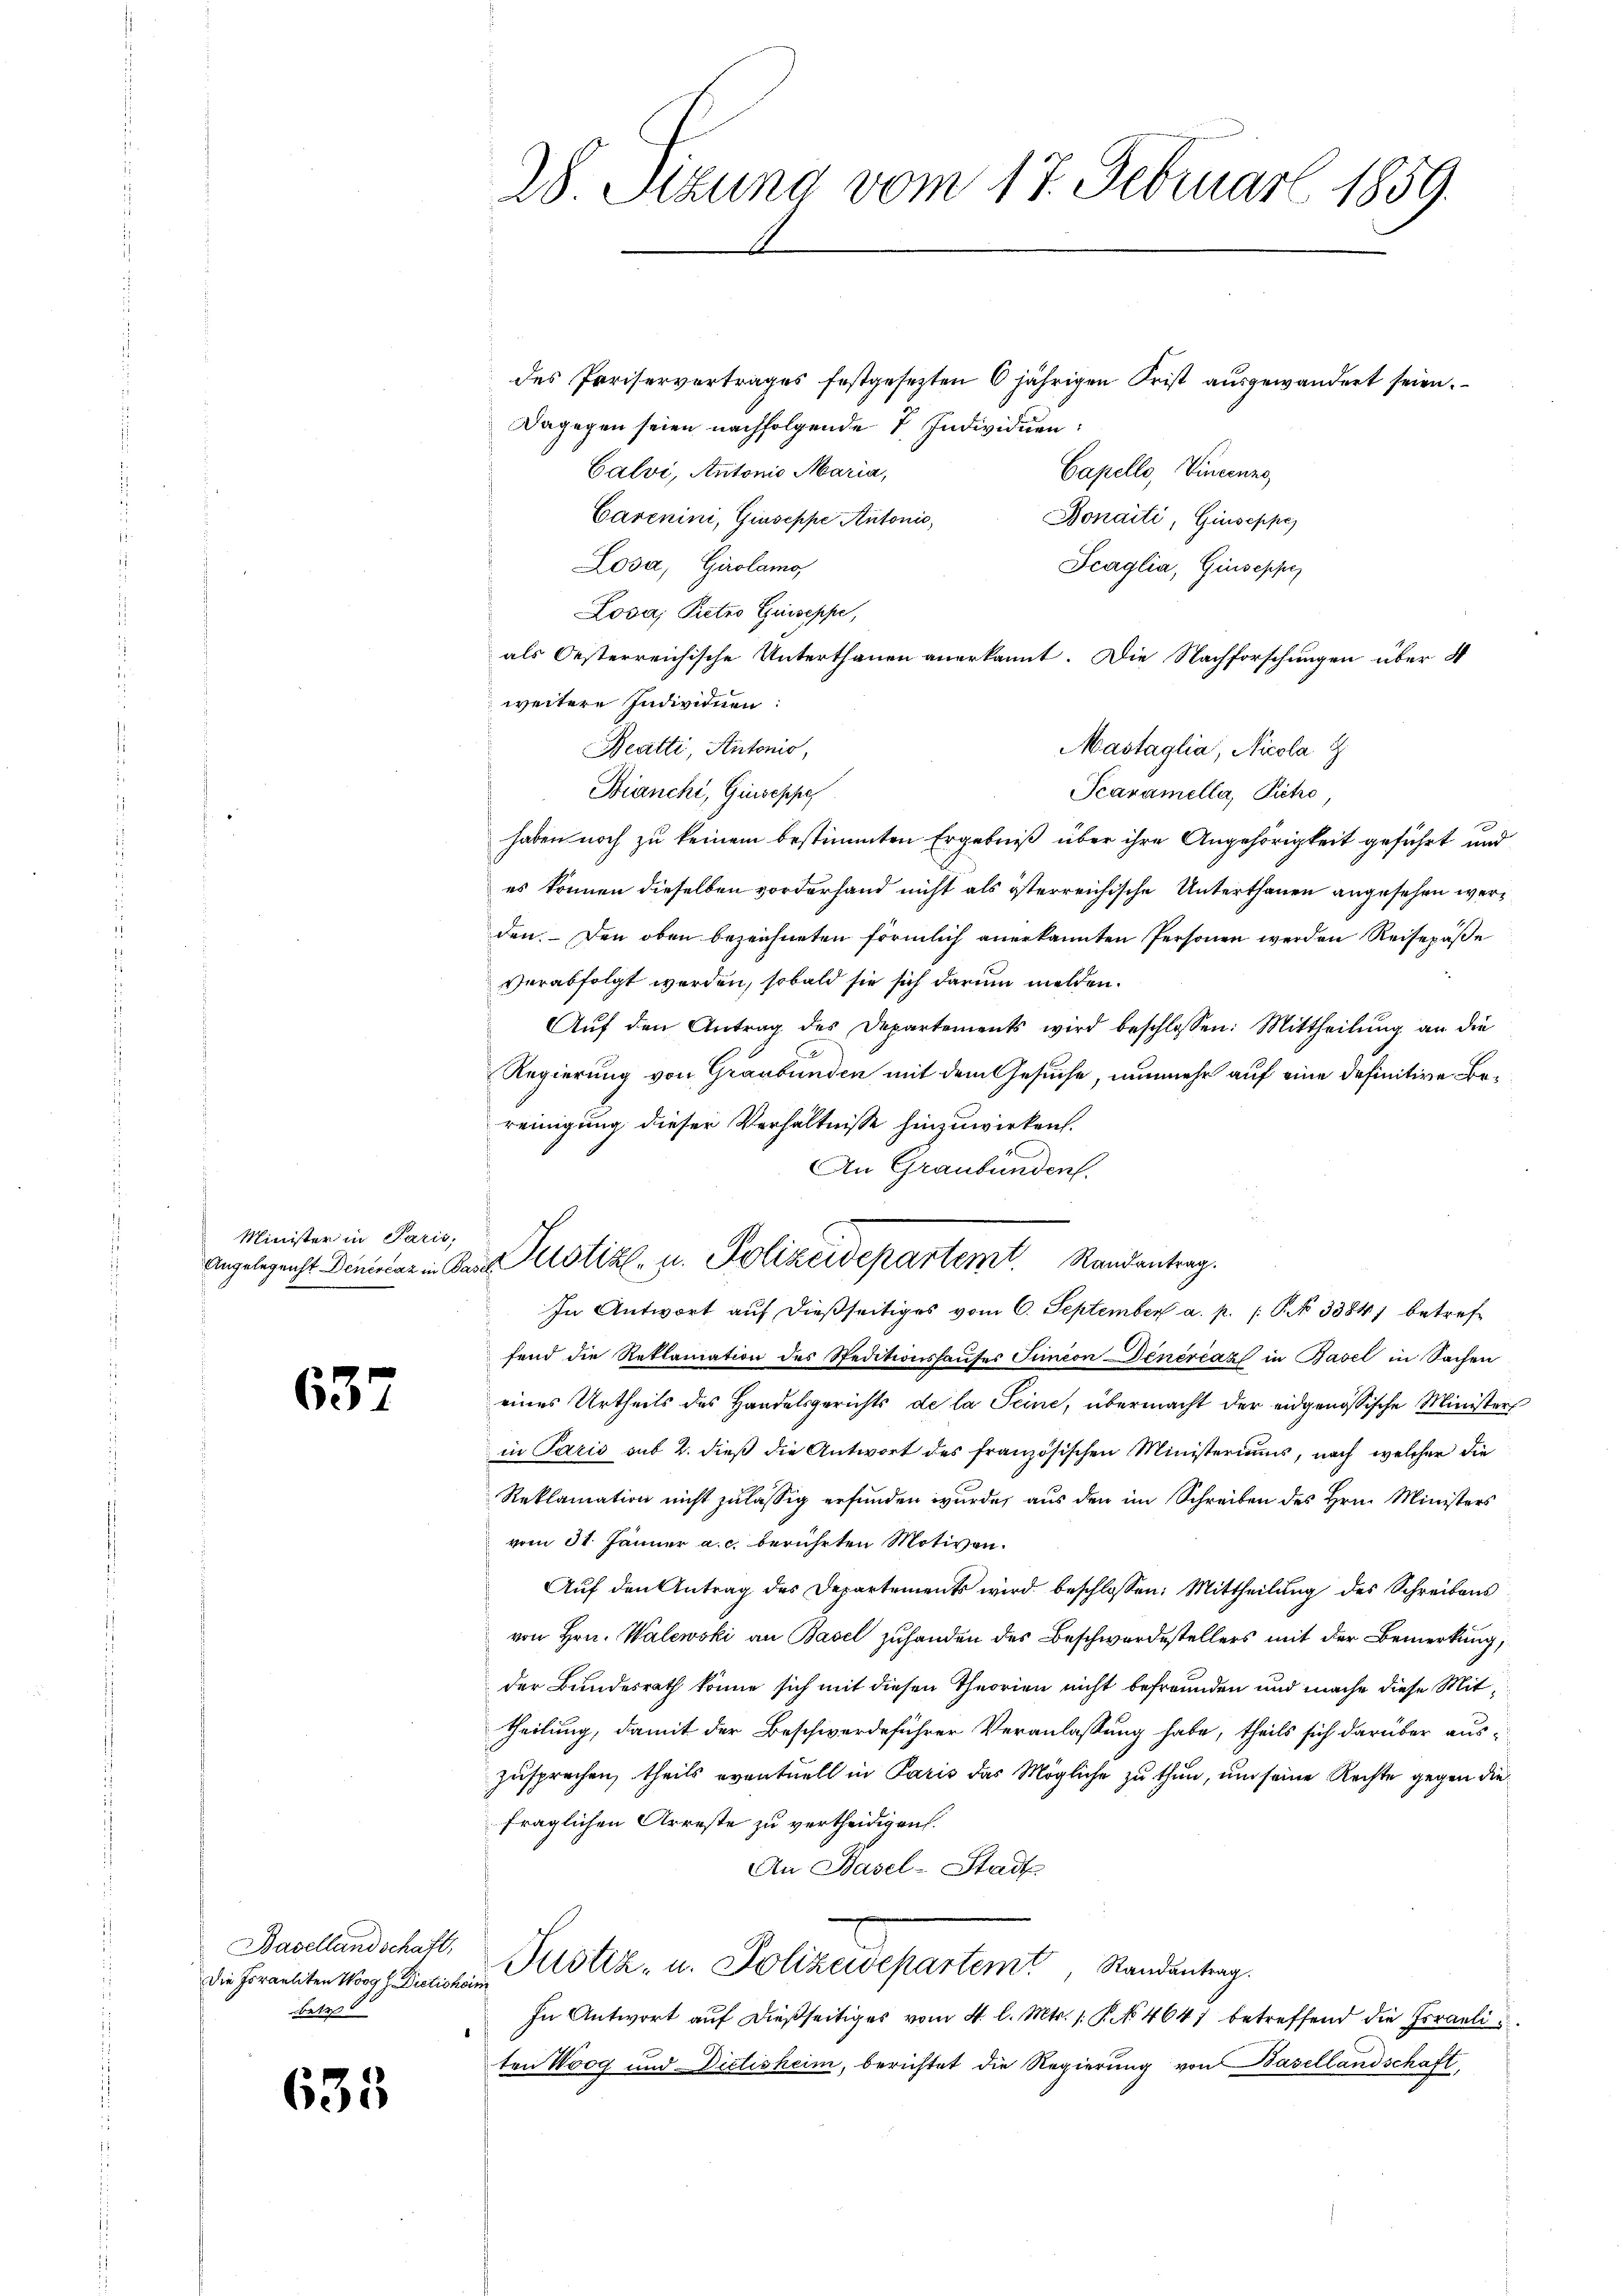
Minister in Paris,

637

Basellandschaft,
Die Joraeliten Worg. Dietisheimi
betr

635

28. Stzung vom 17. Februar 1859.

des Pariservertrages festgesezten 6 jährigen Frist ausgewandert seien.
Dagegen seien nachfolgende 7 Individuen:
Calvi, Antonio Maria,
Capello, Vierung
Carenini, Giuseppe Autonio,
Bonaiti, Giuseppe
Losa, Girolamo
Scaglia, Giuseppe
Lova, Pietro Guseppe,
als Oesterreichische Unterthanen anerkannt. Die Nachforschungen über 4
weitere Individuen:
Mastaglia, Nicola g
Reatti, Antonio,
Bianchi, Giuseppe
Scaramella, Pietro
haben noch zu keinem bestimmten Ergebniß über ihre Angehörigkeit geführt und
es können dieselben vorderhand nicht als österreichische Unterthanen angesehen werden. Den oben bezeichneten förmlich anerkannten Personen werden Reisepäße
verabfolgt werden, sobald sie sich darum melden.
Aŭf den Antrag des Departements wird beschlossen: Mittheilŭng an die
Regierung von Graubünden mit dem Gesuche, nunmehr auf eine definitive Bereinigung dieser Verhältnisse hinzuwirken.
An Graubünden.

Angelegenst Denicar in das Pustiz- u. Polizeidepartem Randantrag.
In Antwort aŭf dießseitiges vom 6. September a. p. 1. P. No 33847 betref¬

fend die Reklamation des Speditionshaŭses Simeon Dinéreaz in Basel in Sachen
eines Urtheils des Handelsgerichts de la Seine, übermacht der eidgenössische Ministers
in Paris sub 2. dieß die Antwort des französischen Ministeriums, nach welcher die
Reklamation nicht zulässig erfunden wurde, aus den im Schreiben des Hrn. Ministers
vom 31. Jänner a. c. berührten Motiven.
Aŭf den Antrag des Departements wird beschlossen: Mittheilung des Schreibens
von Hrn. Walewski an Basel zuhanden des Beschwerdestellers mit der Bemerkung,
der Bundesrath könne sich mit diesen Theorien nicht befreunden und mache diese Mittheilung, damit der Beschwerdeführer Veranlassung habe, theils sich darüber aus-
zusprechen, theils eventuell in Paris das Mögliche zu thun, um seine Rechte gegen die
fraglichen Arreste zu vertheidigen.
An Basel-Stadt
Justiz- u. Polizeisepartemt, Randantrag.
In Antwort auf dießseitiges vom 4. l. Mts. 1. P. Nr. 4647 betreffend die Israeliten Woog und Dictisheim, berichtet die Regierung von Basellandschaft